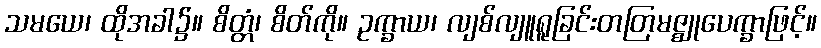
သမယေ၊ ထိုအခါ၌။ စိတ္တံ၊ စိတ်ကို။ ဥက္ခာယ၊ လျစ်လျူရူခြင်းတတြမဇ္ဈုပေက္ခာဖြင့်။